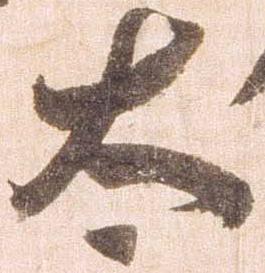
太